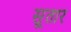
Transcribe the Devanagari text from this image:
सूतार